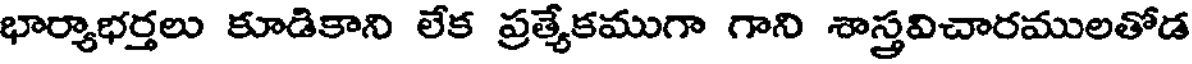
భార్యాభర్తలు కూడికాని లేక ప్రత్యేకముగా గాని శాస్త్రవిచారములతోడ